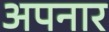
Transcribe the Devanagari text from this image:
अपनार